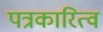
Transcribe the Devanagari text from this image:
पत्रकारित्व